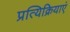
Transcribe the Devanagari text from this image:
प्रत्यिक्रियाएं